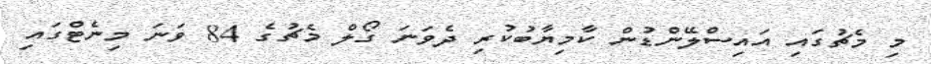
މި މެޗުގައި އައިސްލޭންޑުން ކާމިޔާބުކުރި ދެވަނަ ގޯލް މެޗުގެ 84 ވަނަ މިނެޓްގައި